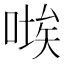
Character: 𭉚